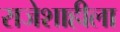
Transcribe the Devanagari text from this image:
राजेशाहीला